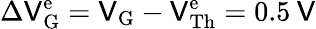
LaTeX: \Delta\mathsf{V}\mathrm{{_G^{e}}}=\mathsf{V}_{\mathrm{{G}}}-\mathsf{V}\mathrm{{^e_{Th}}}=0.5\: \mathrm{{\mathsf{V}}}